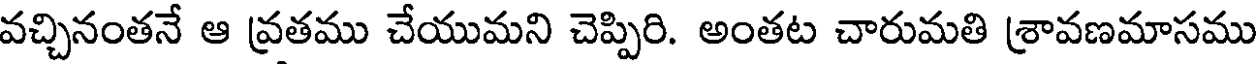
వచ్చినంతనే ఆ వ్రతము చేయుమని చెప్పిరి. అంతట చారుమతి శ్రావణమాసము